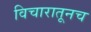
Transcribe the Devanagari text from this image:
विचारातूनच